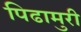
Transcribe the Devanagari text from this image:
पिढामुरी